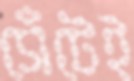
সেঁটেই